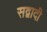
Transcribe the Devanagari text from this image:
सद्वादी